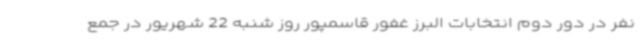
نفر در دور دوم انتخابات البرز غفور قاسمپور روز شنبه 22 شهریور در جمع